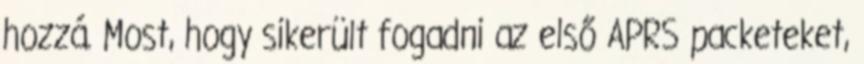
hozzá. Most, hogy sikerült fogadni az első APRS packeteket,